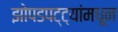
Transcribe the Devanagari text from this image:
झोपडपट्ट्यांमधून